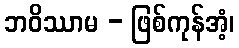
ဘဝိဿာမ - ဖြစ်ကုန်အံ့၊